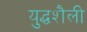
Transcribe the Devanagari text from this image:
युद्धशैली